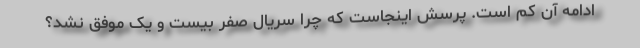
ادامه آن کم است. پرسش اینجاست که چرا سریال صفر بیست و یک موفق نشد؟